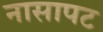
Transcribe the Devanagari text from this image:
नासापट